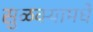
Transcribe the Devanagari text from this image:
सुळक्यामधे